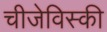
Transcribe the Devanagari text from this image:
चीजेविस्की